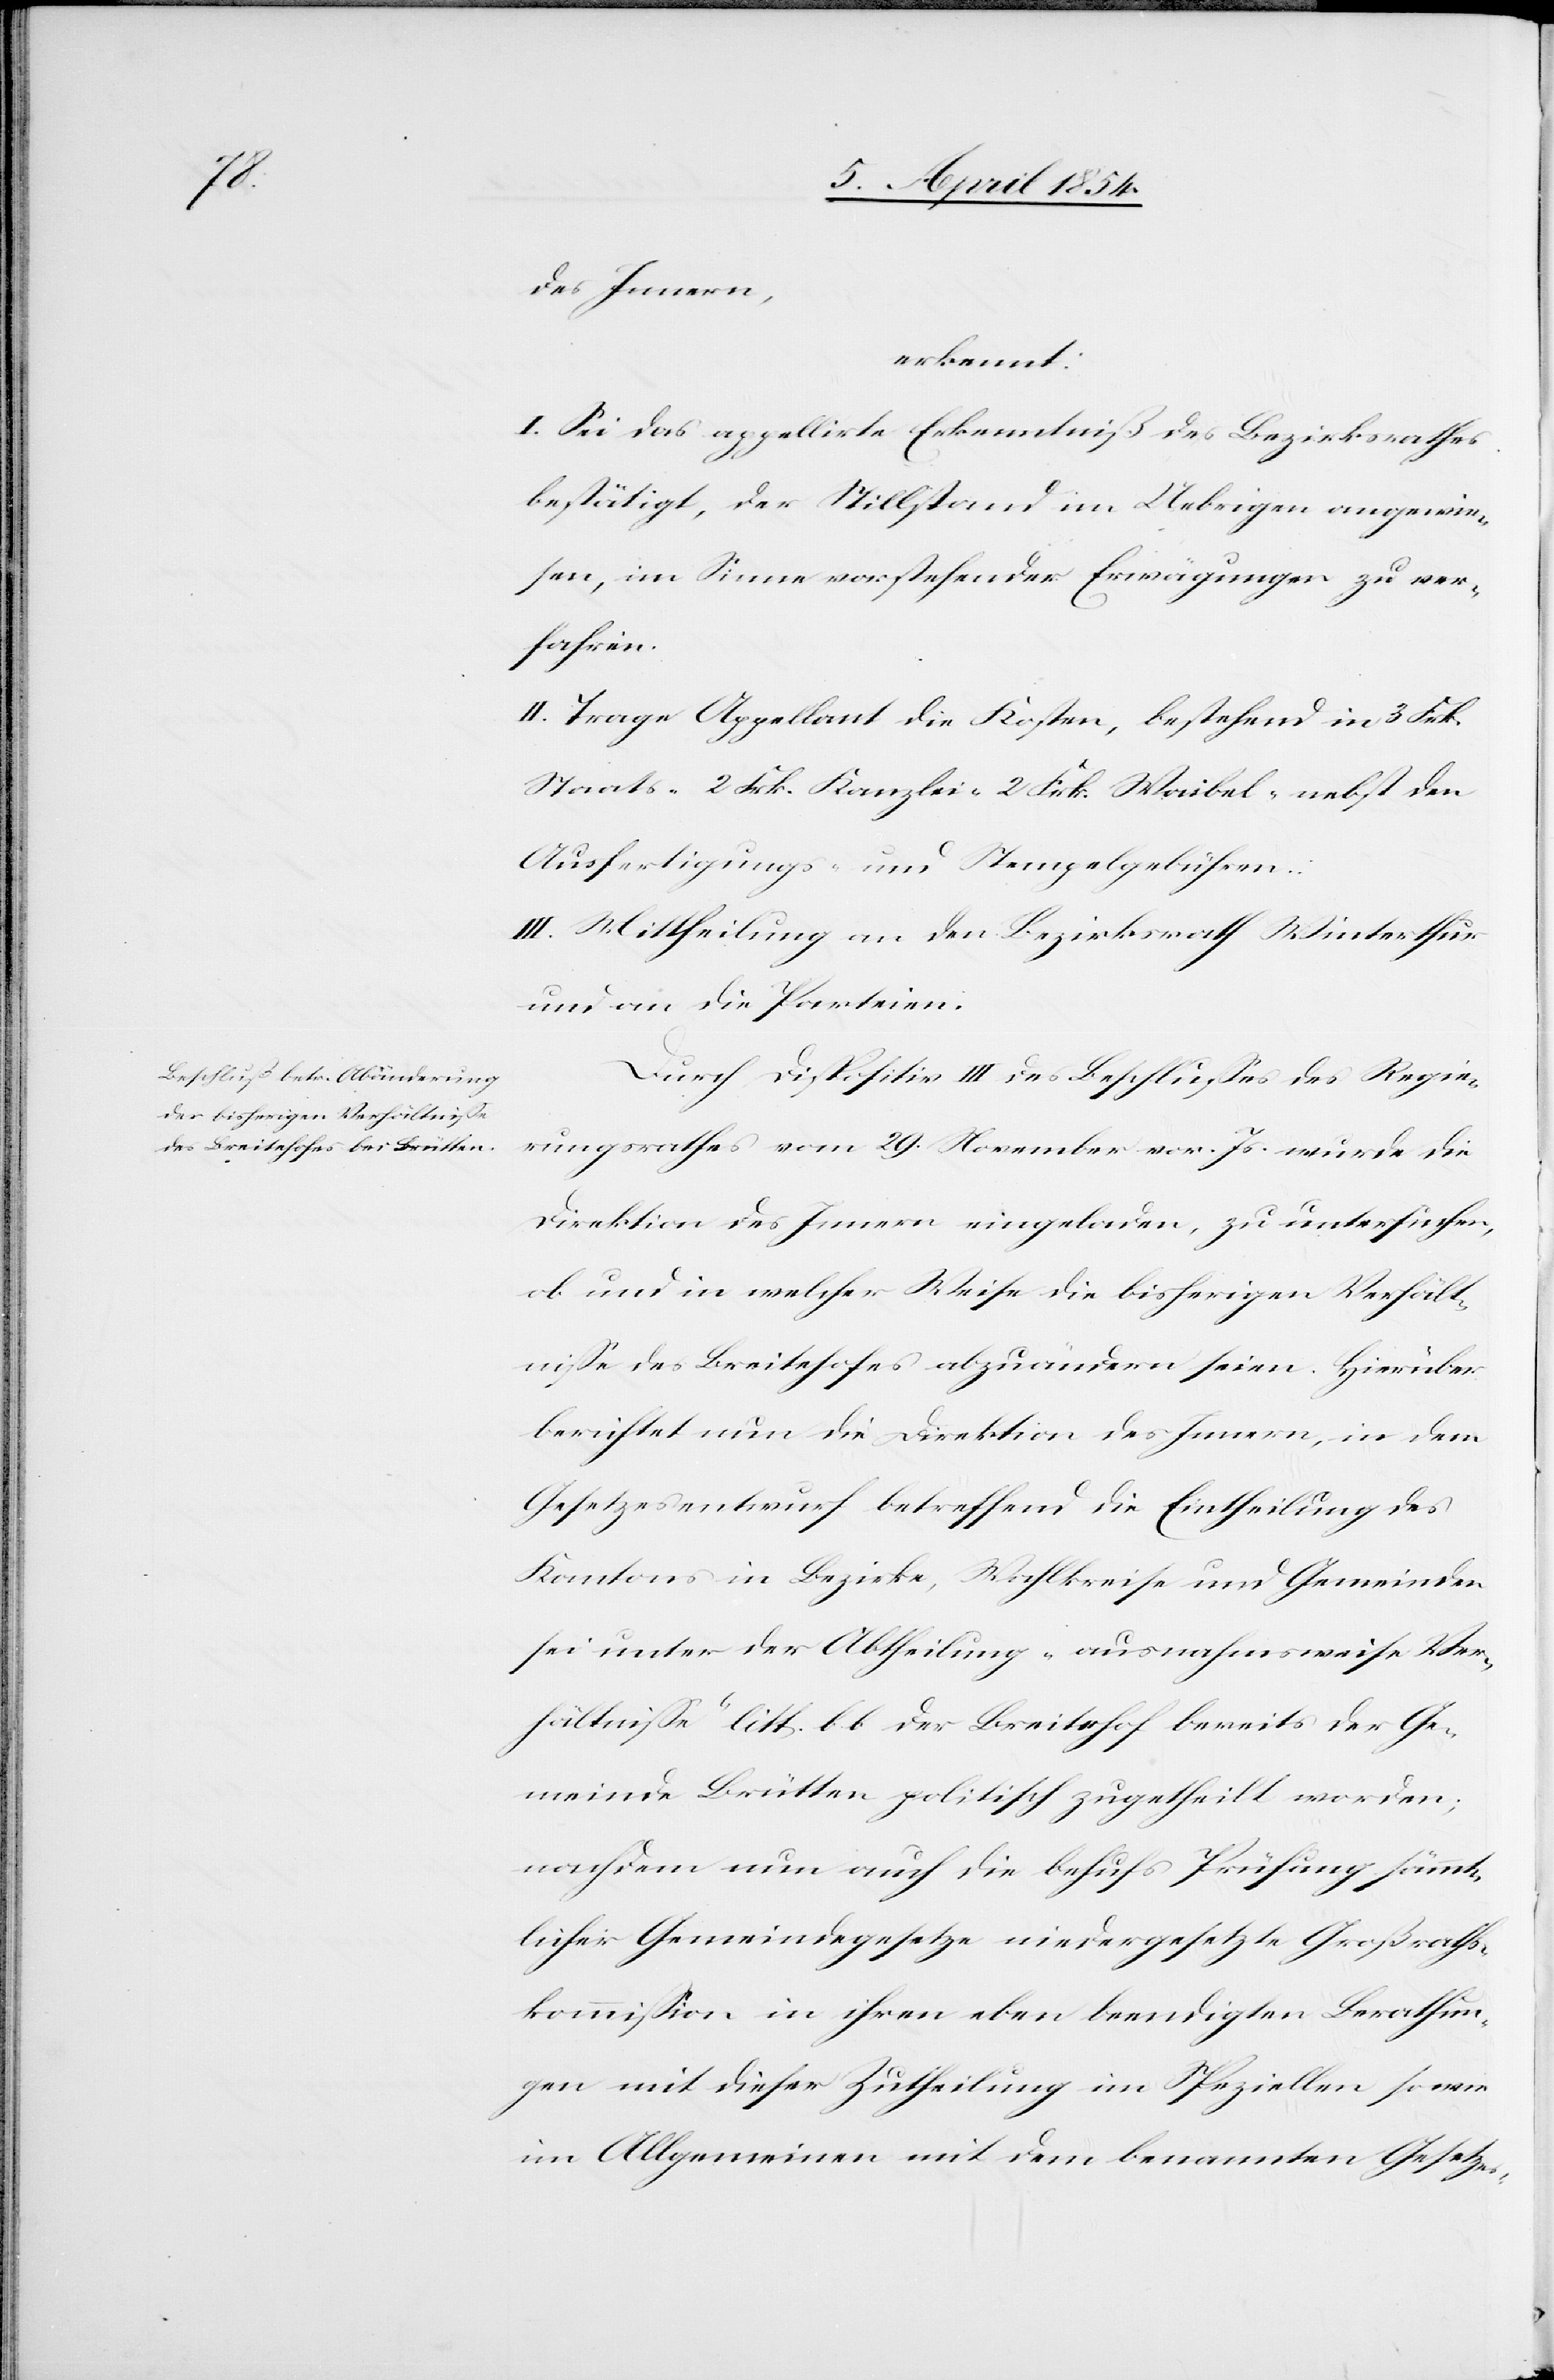
des Innern
erkennt:
I. Sei das appellirte Erkenntniß des Bezirksrathes
bestätigt, der Stillstand im Uebrigen angewie¬
sen, im Sinne vorstehender Erwägungen zu ver¬
fahren.
II. Trage Appellant die Kosten, bestehend in 3 Frk.
Staats-[,] 2 Frk. Kanzlei-[,] 2 Frk. Waibel- nebst den
Ausfertigungs- und Stempelgebühren.
III. Mittheilung an den Bezirksrath Winterthur
und an die Parteien.
Durch Dispositiv III des Beschlußes des Regie¬
rungsrathes vom 29 November vor. Js. wurde die
Direktion des Innern eingeladen, zu untersuchen,
ob und in welcher Weise die bisherigen Verhält¬
niße des Breitehofes abzuändern seien. Hierüber
berichtet nun die Direktion des Innern, in dem
Gesetzesentwurf betreffend die Eintheilung des
Kantons in Bezirke, Wahlkreise und Gemeinden
sei unter der Abtheilung „ausnahmsweise Ver¬
hältniße“ litt. b b der Breitehof bereits der Ge¬
meinde Brütten politisch zugetheilt worden;
nachdem nun auch die behufs Prüfung sämmt¬
licher Gemeindegesetze niedergesetzte Großraths¬
kommißion in ihren eben beendigten Berathun¬
gen mit dieser Zutheilung im Speziellen so wie
im Allgemeinen mit dem benamten Gesetzes-